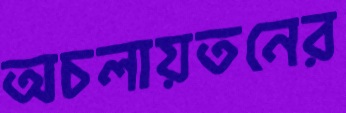
অচলায়তনের